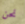
نحن